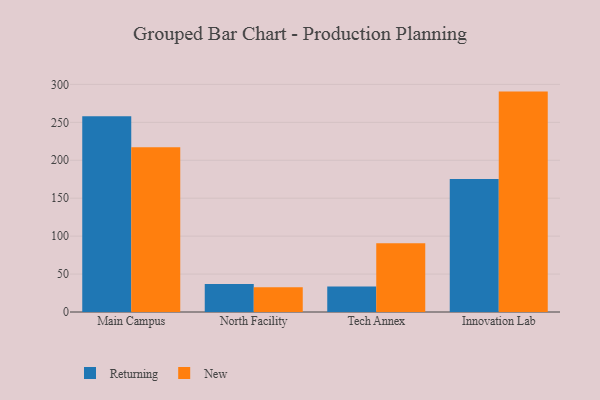
{"axis": {"x": "Campus", "y": "Headcount"}, "legend": ["New", "Returning"], "data": [{"x": "Main Campus", "y": 258.1, "type": "Returning"}, {"x": "Main Campus", "y": 217.1, "type": "New"}, {"x": "North Facility", "y": 36.9, "type": "Returning"}, {"x": "North Facility", "y": 32.5, "type": "New"}, {"x": "Tech Annex", "y": 33.7, "type": "Returning"}, {"x": "Tech Annex", "y": 90.5, "type": "New"}, {"x": "Innovation Lab", "y": 175.4, "type": "Returning"}, {"x": "Innovation Lab", "y": 290.5, "type": "New"}]}